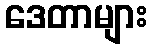
ဒေတာများ